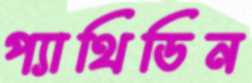
প্যাথিডিন